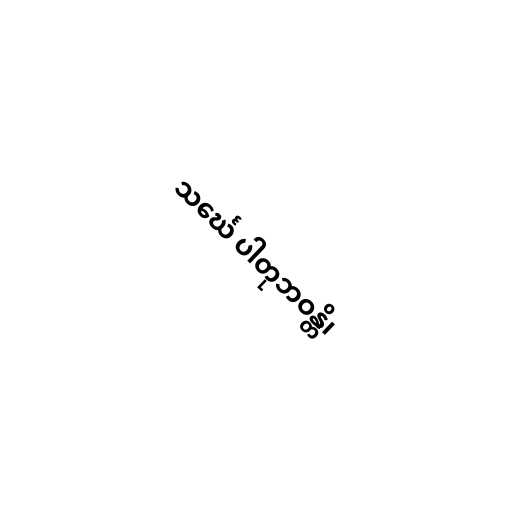
သင်္ဃေ ပါတုဘဝန္တိ၊